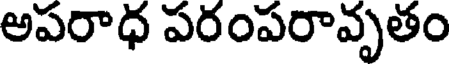
అపరాధ పరంపరావృతం